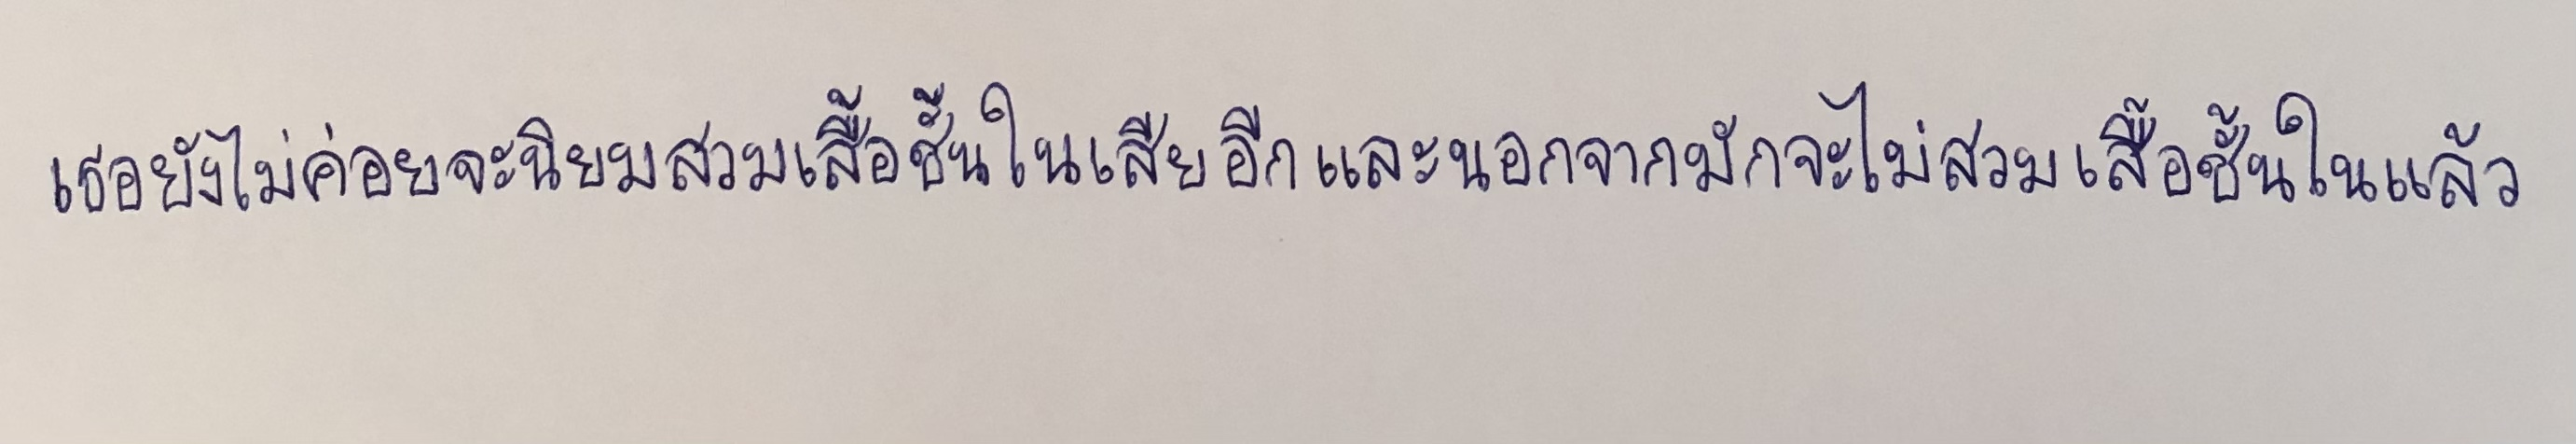
เธอยังไม่ค่อยจะนิยมสวมเสื้อชั้นในเสียอีกและนอกจากมักจะไม่สวมเสื้อชั้นในแล้ว